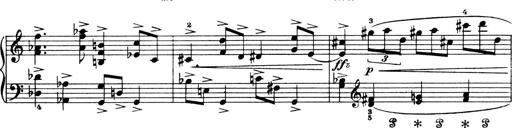
Title: 4 Sonatines
Composer: Max Reger